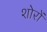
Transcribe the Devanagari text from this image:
शोरों